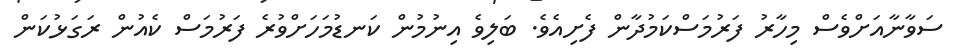
ސަވާނާއަށްވެސް މިހާރު ފަރުމަސްކަމުދާން ފެށިއެވެ. ބަލިވެ އިނުމުން ކަނޑުމަހަށްވުރެ ފަރުމަސް ކެއުން ރަގަޅުކަން